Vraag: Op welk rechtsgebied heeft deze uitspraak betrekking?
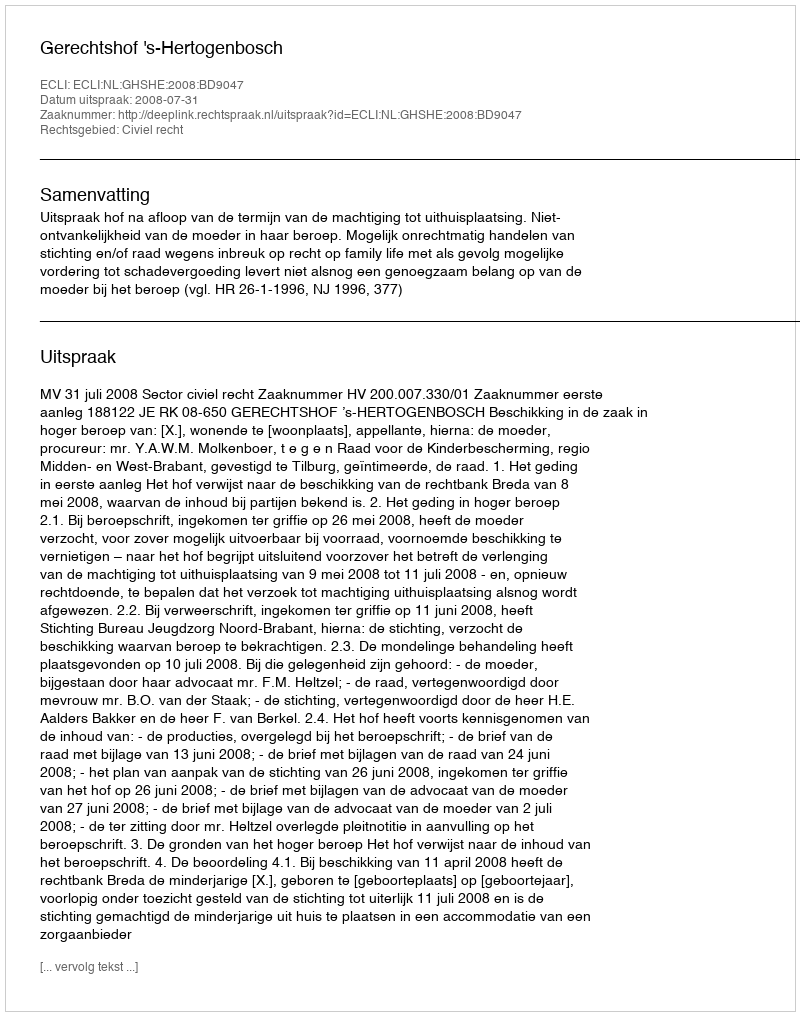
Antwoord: Civiel recht